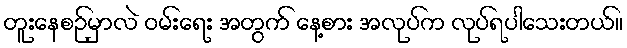
တူးနေစဉ်မှာလဲ ဝမ်းရေး အတွက် နေ့စား အလုပ်က လုပ်ရပါသေးတယ်။